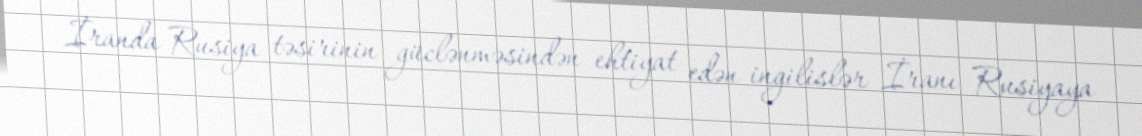
İranda Rusiya təsirinin güclənməsindən ehtiyat edən ingilislər İranı Rusiyaya